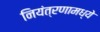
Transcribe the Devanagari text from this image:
नियंत्रणामध्ये